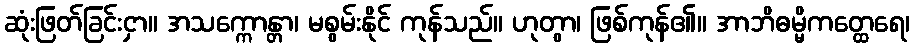
ဆုံးဖြတ်ခြင်းငှာ။ အသက္ကောန္တာ၊ မစွမ်းနိုင် ကုန်သည်။ ဟုတွာ၊ ဖြစ်ကုန်၏။ အာဘိဓမ္မိကတ္ထေရေ၊